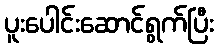
ပူးပေါင်းဆောင်ရွက်ပြီး